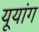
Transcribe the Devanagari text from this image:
यूयांग